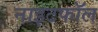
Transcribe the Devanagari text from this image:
नाइटफॉल